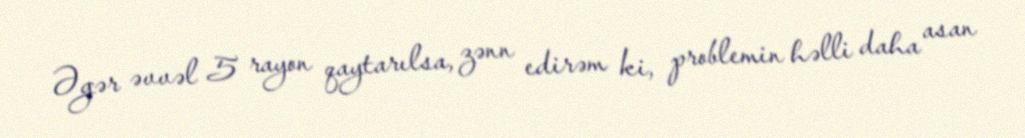
Əgər əvvəl 5 rayon qaytarılsa, zənn edirəm ki, problemin həlli daha asan